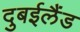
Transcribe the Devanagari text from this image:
दुबईलैंड